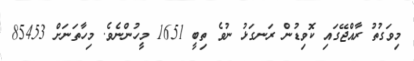
މިވަގުތު ރާއްޖޭގައި ކޮވިޑުން ރަނގަޅު ނުވެ ތިބީ 1651 މީހުންނެވެ. މިހާތަނަށް 85453